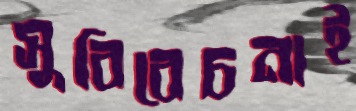
সুবিবেচনাই